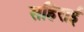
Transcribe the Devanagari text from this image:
सहिराई